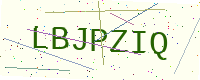
Text: LBJPZIQ